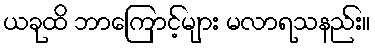
ယခုထိ ဘာကြောင့်များ မလာရသနည်း။